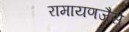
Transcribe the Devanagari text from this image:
रामायणजैसे